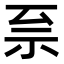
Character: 𫀀